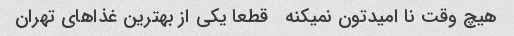
هیچ وقت نا امیدتون نمیکنه ‌  قطعا یکی از بهترین غذاهای تهران